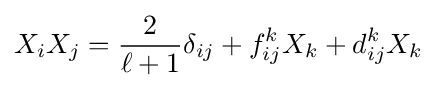
X_{i}X_{j}={\frac {2}{\ell +1}}\delta _{ij}+f_{ij}^{k}X_{k}+d_{ij}^{k}X_{k}